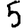
Digit: 5